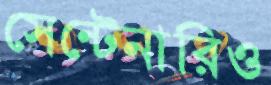
সেন্টেনারিও